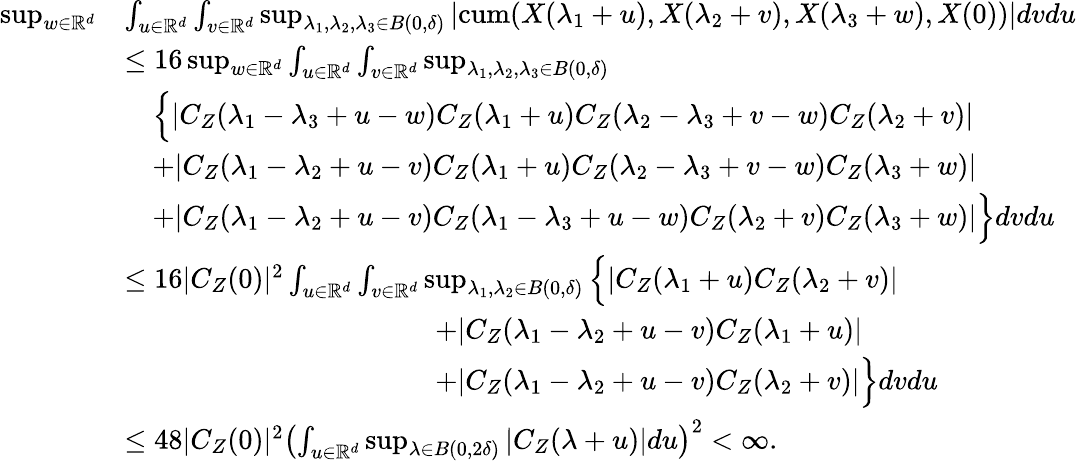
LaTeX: \begin{array}{rl}{\operatorname*{sup}_{w\in\mathbb{R}^{d}}}&{\int_{u\in\mathbb{R}^{d}}\int_{v\in\mathbb{R}^{d}}\operatorname*{sup}_{\lambda_{1},\lambda_{2},\lambda_{3}\in B(0,\delta)}|\mathrm{cum}(X(\lambda_{1}+u),X(\lambda_{2}+v),X(\lambda_{3}+w),X(0))|dvdu}\\ &{\leq 16\operatorname*{sup}_{w\in\mathbb{R}^{d}}\int_{u\in\mathbb{R}^{d}}\int_{v\in\mathbb{R}^{d}}\operatorname*{sup}_{\lambda_{1},\lambda_{2},\lambda_{3}\in B(0,\delta)}}\\ &{\quad\Big\{ |C_{Z}(\lambda_{1}-\lambda_{3}+u-w)C_{Z}(\lambda_{1}+u)C_{Z}(\lambda_{2}-\lambda_{3}+v-w)C_{Z}(\lambda_{2}+v)|}\\ &{\quad+|C_{Z}(\lambda_{1}-\lambda_{2}+u-v)C_{Z}(\lambda_{1}+u)C_{Z}(\lambda_{2}-\lambda_{3}+v-w)C_{Z}(\lambda_{3}+w)|}\\ &{\quad+|C_{Z}(\lambda_{1}-\lambda_{2}+u-v)C_{Z}(\lambda_{1}-\lambda_{3}+u-w)C_{Z}(\lambda_{2}+v)C_{Z}(\lambda_{3}+w)|\Big\} dvdu}\\ &{\leq 16|C_{Z}(0)|^{2}\int_{u\in\mathbb{R}^{d}}\int_{v\in\mathbb{R}^{d}}\operatorname*{sup}_{\lambda_{1},\lambda_{2}\in B(0,\delta)}\Big\{ |C_{Z}(\lambda_{1}+u)C_{Z}(\lambda_{2}+v)|}\\ &{\qquad\qquad\qquad\qquad\qquad\quad+|C_{Z}(\lambda_{1}-\lambda_{2}+u-v)C_{Z}(\lambda_{1}+u)|}\\ &{\qquad\qquad\qquad\qquad\qquad\quad+|C_{Z}(\lambda_{1}-\lambda_{2}+u-v)C_{Z}(\lambda_{2}+v)|\Big\} dvdu}\\ &{\leq 48|C_{Z}(0)|^{2}\left(\int_{u\in\mathbb{R}^{d}}\operatorname*{sup}_{\lambda\in B(0,2\delta)}|C_{Z}(\lambda+u)|du\right)^{2}<\infty.}\end{array}